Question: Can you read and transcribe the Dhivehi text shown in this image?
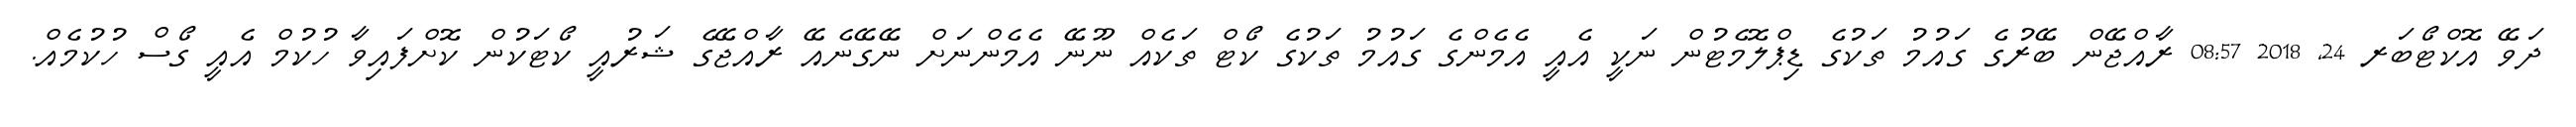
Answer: ދަވޭ އޮކްޓޯބަރ 24, 2018 08:57 ރާއްޖޭން ބޭރުގެ ގައުމު ތަކުގެ ޑިޕްލޮމެޓުން ނަކީ އެއީ އެމެންގެ ގައުމު ތަކުގެ ކޯޓް ތަކެއް ނޫނޭ އެމެންނަށް ނޭގޭނެއޭ ރާއްޖޭގެ ޝަރުއީ ކޯޓަކުން ކޮށްފައިވާ ހުކުމް އެއީ ގޯސް ހުކުމެއް.